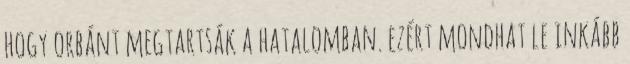
hogy orbánt megtartsák a hatalomban. ezért mondhat le inkább